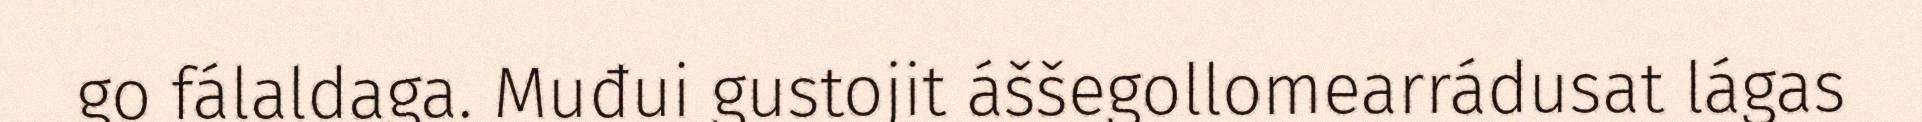
go fálaldaga. Muđui gustojit áššegollomearrádusat lágas